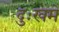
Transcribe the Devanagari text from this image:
दुःखमें